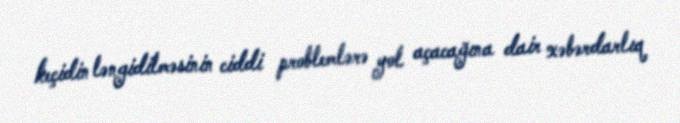
keçidin ləngidilməsinin ciddi problemlərə yol açacağına dair xəbərdarlıq